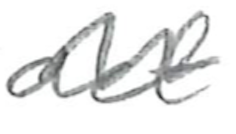
Text: act
Cross-out: wave
Writing tool: pencil